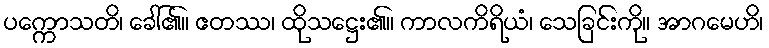
ပက္ကောသတိ၊ ခေါ်၏။ ဧတဿ၊ ထိုသဋ္ဌေး၏။ ကာလကိရိယံ၊ သေခြင်းကို။ အာဂမေဟိ၊